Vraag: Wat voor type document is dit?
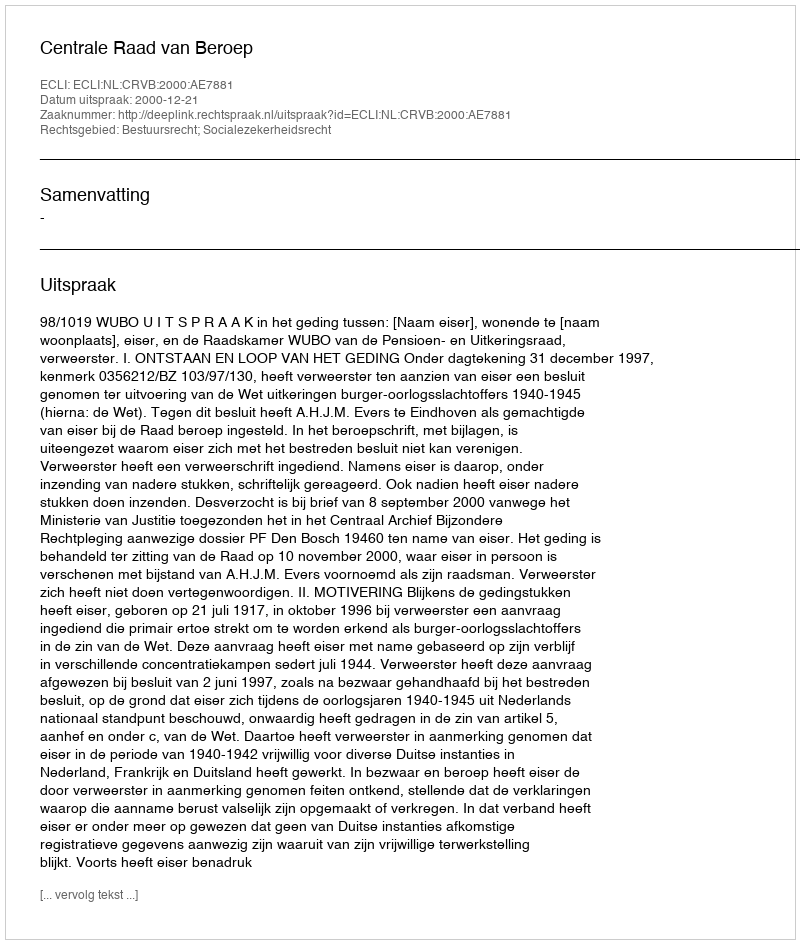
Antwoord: Uitspraak